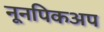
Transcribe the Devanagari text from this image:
नूनपिकअप